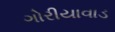
ગોરીયાવાડ